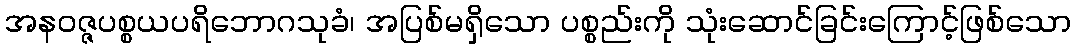
အနဝဇ္ဇပစ္စယပရိဘောဂသုခံ၊ အပြစ်မရှိသော ပစ္စည်းကို သုံးဆောင်ခြင်းကြောင့်ဖြစ်သော